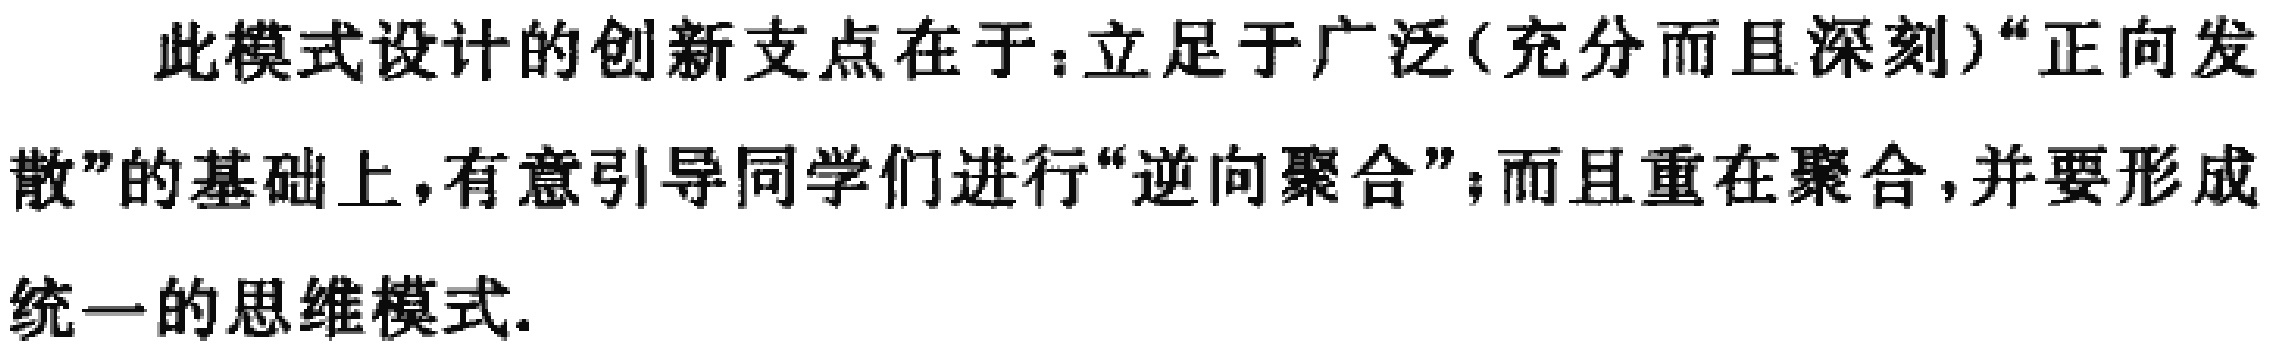
此模式设计的创新支点在于：立足于广泛(充分而且深刻)“正向发散”的基础上，有意引导同学们进行“逆向聚合”；而且重在聚合，并要形成统一的思维模式.